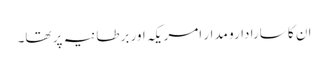
ان کا سارا دارو مدار امریکہ اور برطانیہ پر تھا۔